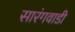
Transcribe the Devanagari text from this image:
सारंगवाडी